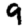
Digit: 9